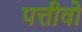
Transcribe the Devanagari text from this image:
पत्तीवो